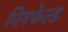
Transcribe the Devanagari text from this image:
पिनफेल्ड